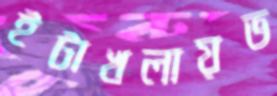
ইটাখলায়ভ